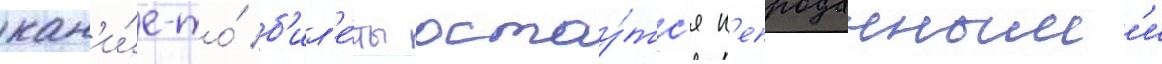
как'и́е-то́ б'ил'е́ты остау́тс'я н'епроданным'и